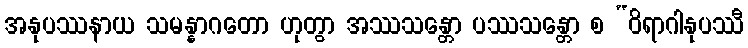
အနုပဿနာယ သမန္နာဂတော ဟုတွာ အဿသန္တော ပဿသန္တော စ “ဝိရာဂါနုပဿီ